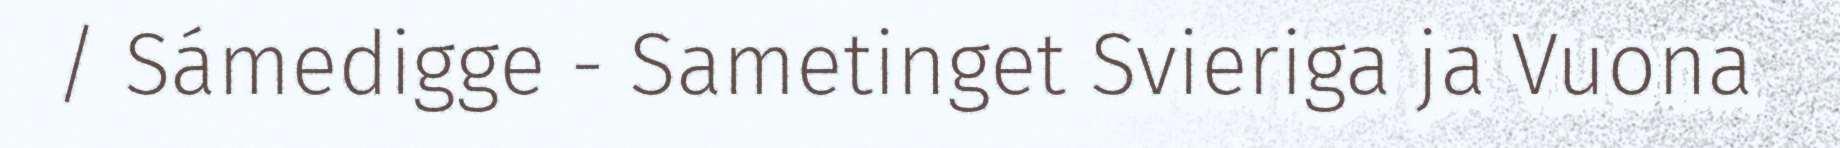
/ Sámedigge - Sametinget Svieriga ja Vuona